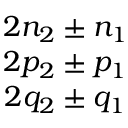
\begin{array} { c } { 2 n _ { 2 } \pm n _ { 1 } } \\ { 2 p _ { 2 } \pm p _ { 1 } } \\ { 2 q _ { 2 } \pm q _ { 1 } } \end{array}